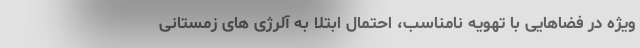
ویژه در فضاهایی با تهویه نامناسب، احتمال ابتلا به آلرژی های زمستانی